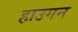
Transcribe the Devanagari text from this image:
हाउगन